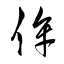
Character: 侔